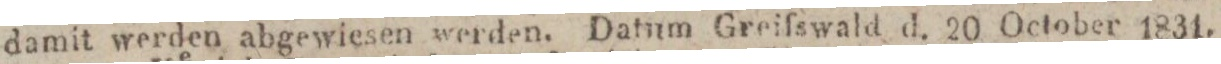
damit werden abgewiesen werden. Datum Greifswald d. 20 October 1831.